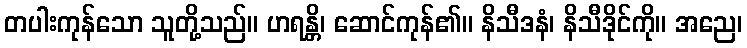
တပါးကုန်သော သူတို့သည်။ ဟရန္တိ၊ ဆောင်ကုန်၏။ နိသီဒနံ၊ နိသီဒိုင်ကို။ အညေ၊